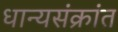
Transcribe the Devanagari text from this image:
धान्यसंक्रांत